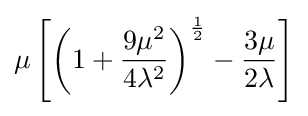
\mu \left[\left(1+{\frac {9\mu ^{2}}{4\lambda ^{2}}}\right)^{\frac {1}{2}}-{\frac {3\mu }{2\lambda }}\right]